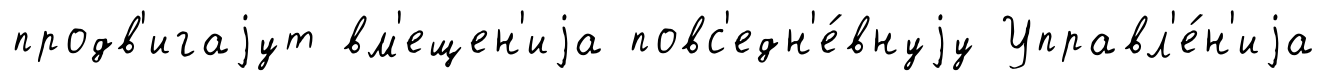
продв'игаjут вм'ещен'иjа повс'едн'е́внуjу Управл'е́н'иjа